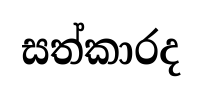
සත්කාරද